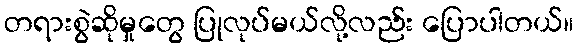
တရားစွဲဆိုမှုတွေ ပြုလုပ်မယ်လို့လည်း ပြောပါတယ်။